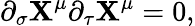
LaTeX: \partial_{\sigma}\mathbf{X}^{\mu}\partial_{\tau}\mathbf{X}^{\mu}=0,